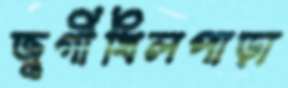
জুগীখিলপাড়া